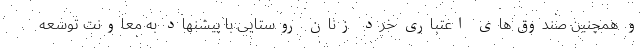
و همچنین صندوق‌های اعتباری خرد زنان روستایی با پیشنهاد به معاونت توسعه